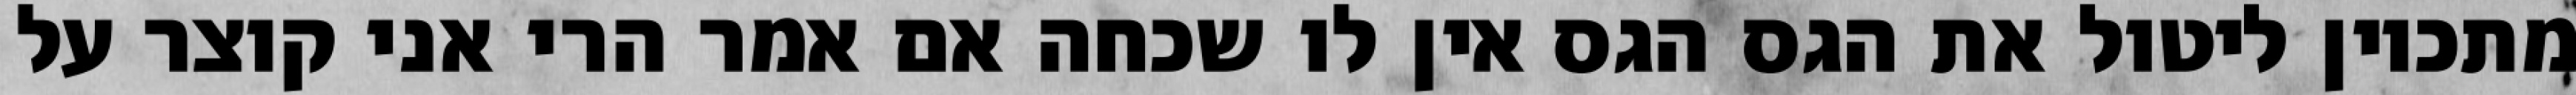
מתכוין ליטול את הגס הגס אין לו שכחה אם אמר הרי אני קוצר על